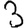
Digit: 3